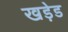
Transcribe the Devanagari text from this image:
खड़ेड